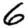
Digit: 6